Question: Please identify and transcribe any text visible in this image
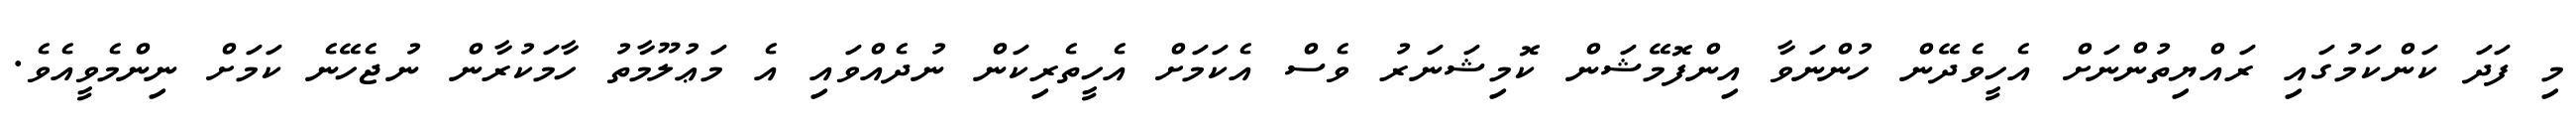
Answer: މި ފަދަ ކަންކަމުގައި ރައްޔިތުންނަށް އެހީވެދޭން ހުންނަވާ އިންފޮމޭޝަން ކޮމިޝަނަރު ވެސް އެކަމަށް އެހީތެރިކަން ނުދެއްވައި އެ މަޢުލޫމާތު ހާމަކުރާން ނުޖެހޭނެ ކަމަށް ނިންމެވީއެވެ.